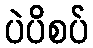
ပဲပိစပ်